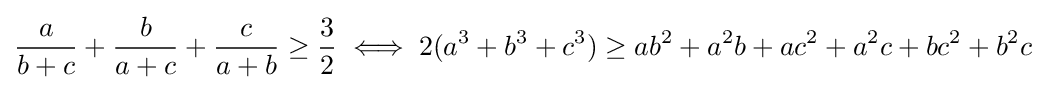
{\frac {a}{b+c}}+{\frac {b}{a+c}}+{\frac {c}{a+b}}\geq {\frac {3}{2}}\iff 2(a^{3}+b^{3}+c^{3})\geq ab^{2}+a^{2}b+ac^{2}+a^{2}c+bc^{2}+b^{2}c